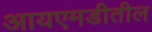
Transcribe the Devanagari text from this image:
आयएमडीतील